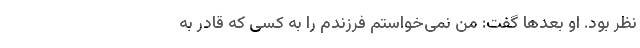
نظر بود. او بعدها گفت: من نمی‌خواستم فرزندم را به کسی که قادر به